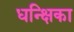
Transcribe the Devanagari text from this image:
धन्क्षिका